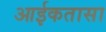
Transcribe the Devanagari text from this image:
आईकतासा